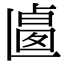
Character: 𠨅